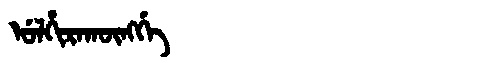
Manchu: ᡠᠯᡥᡳᡵᠠᡴᡡᠩᡤᡝ
Romanization: ULHIRAKŪNGGE